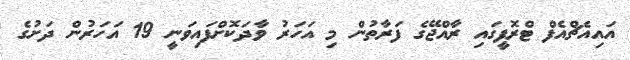
އައިއެޗްއެފް ޓްރޮފީގައި ރާއްޖޭގެ ފަރާތުން މި އަހަރު ވާދަކޮށްފައިވަނީ 19 އަހަރުން ދަށުގެ